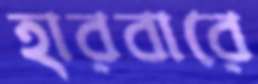
হারবারে